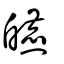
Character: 皫